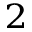
^ 2